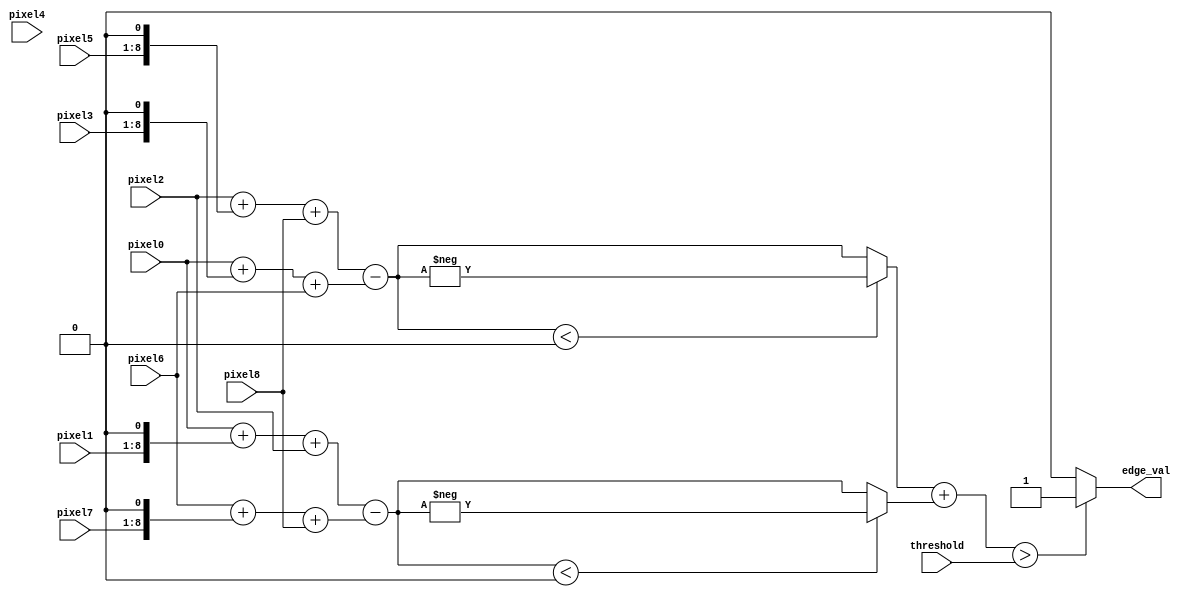
module sobel
(
    input wire  [7:0]   pixel0, pixel1, pixel2,
                        pixel3, pixel4, pixel5,
                        pixel6, pixel7, pixel8,
    input wire  [7:0]   threshold,
    output wire         edge_val
);

    // Sobel kernels
    wire signed [10:0] Gx, Gy;
    wire [10:0] Gx_abs, Gy_abs;

    // Compute the Sobel gradient in x direction
    // The shift is done by keeping the MSB to avoid losing data in the sum
    assign Gx = (pixel2 + {pixel5, 1'b0} + pixel8) - (pixel0 + {pixel3, 1'b0} + pixel6);
    
    // Compute the Sobel gradient in y direction
    assign Gy = (pixel0 + {pixel1, 1'b0} + pixel2) - (pixel6 + {pixel7, 1'b0} + pixel8);
    
    // Compute the absolute values of Gx and Gy
    assign Gx_abs = Gx < 0 ? -Gx : Gx;
    assign Gy_abs = Gy < 0 ? -Gy : Gy;

    // Calculate the edge value
    assign edge_val = (Gx_abs + Gy_abs) > threshold ? 1'b1 : 1'b0;
    //assign edge_val = (Gx_abs + Gy_abs);

endmodule